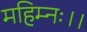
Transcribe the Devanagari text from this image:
महिम्नः।।